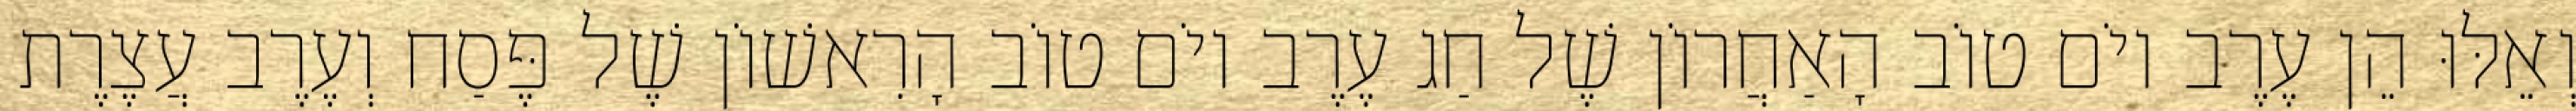
וְאֵלּוּ הֵן עֶרֶב יוֹם טוֹב הָאַחֲרוֹן שֶׁל חַג עֶרֶב יוֹם טוֹב הָרִאשׁוֹן שֶׁל פֶּסַח וְעֶרֶב עֲצֶרֶת